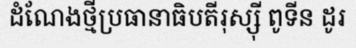
ដំណែងថ្មីប្រធានាធិបតីរុស្ស៊ី ពូទីន ដូរ